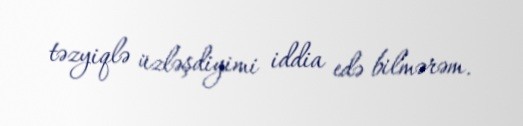
təzyiqlə üzləşdiyimi iddia edə bilmərəm.